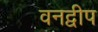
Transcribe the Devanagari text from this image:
वनद्वीप